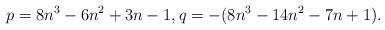
LaTeX: \begin{align*}p = 8n^3-6n^2+3n-1,q = -(8n^3-14n^2-7n+1). \end{align*}